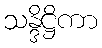
သန္ဒိဋ္ဌိကာ